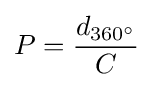
P={\frac {d_{360^{\circ }}}{C}}